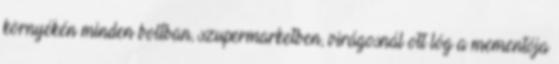
környékén minden boltban, szupermarketben, virágosnál ott lóg a mementója